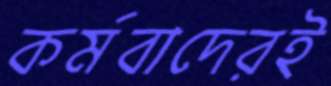
কর্মবাদেরই